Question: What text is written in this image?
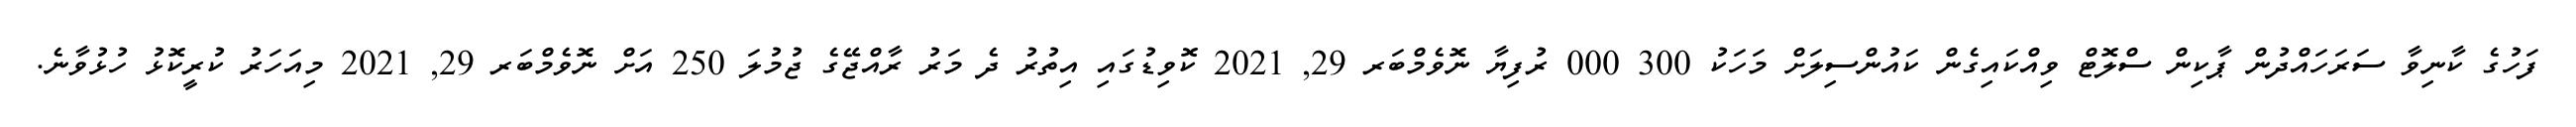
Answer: ފަހުގެ ކާނިވާ ސަރަހައްދުން ޕާކިން ސްލޮޓް ވިއްކައިގެން ކައުންސިލަށް މަހަކު 300 000 ރުފިޔާ ނޮވެމްބަރ 29, 2021 ކޮވިޑުގައި އިތުރު ދެ މަރު ރާއްޖޭގެ ޖުމުލަ 250 އަށް ނޮވެމްބަރ 29, 2021 މިއަހަރު ކުރީކޮޅު ހުޅުވާނެ.